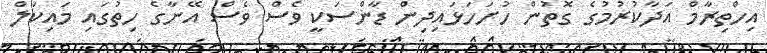
އިހްތިރާމް އަދާކުރުމުގެ ގޮތުން ހުށަހަޅައިދިން ޑާންސަކީ ވެސް ވެސް އޭނާގެ ހިތުގައި މައިކަލް